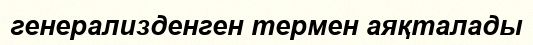
генерализденген термен аяқталады